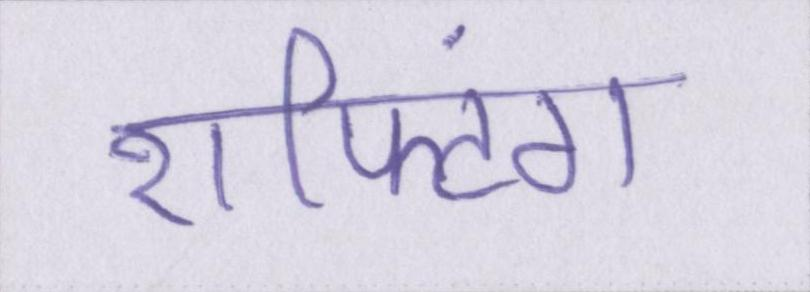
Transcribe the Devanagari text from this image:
राफ्टिंग